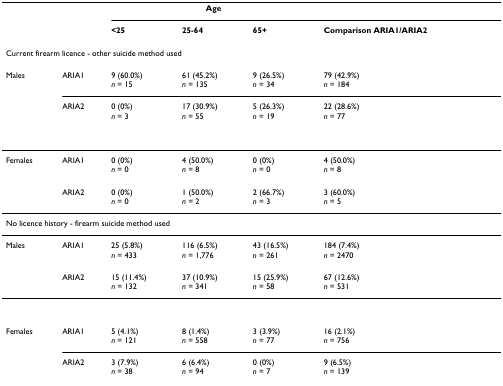
<table><thead><tr><td></td><td></td><td colspan="3"><b>Age</b></td><td></td></tr><tr><td></td><td></td><td><b>&lt;25</b></td><td><b>25-64</b></td><td><b>65+</b></td><td><b>Comparison ARIA1/ARIA2</b></td></tr></thead><tbody><tr><td colspan="6">Current firearm licence - other suicide method used</td></tr><tr><td>Males</td><td>ARIA1</td><td>9 (60.0%)<i>n </i>= 15</td><td>61 (45.2%)<i>n </i>= 135</td><td>9 (26.5%)<i>n </i>= 34</td><td>79 (42.9%)<i>n </i>= 184</td></tr><tr><td></td><td>ARIA2</td><td>0 (0%)<i>n </i>= 3</td><td>17 (30.9%)<i>n </i>= 55</td><td>5 (26.3%)<i>n </i>= 19</td><td>22 (28.6%)<i>n </i>= 77</td></tr><tr><td>Females</td><td>ARIA1</td><td>0 (0%)<i>n </i>= 0</td><td>4 (50.0%)<i>n </i>= 8</td><td>0 (0%)<i>n </i>= 0</td><td>4 (50.0%)<i>n </i>= 8</td></tr><tr><td></td><td>ARIA2</td><td>0 (0%)<i>n </i>= 0</td><td>1 (50.0%)<i>n </i>= 2</td><td>2 (66.7%)<i>n </i>= 3</td><td>3 (60.0%)<i>n </i>= 5</td></tr><tr><td colspan="6">No licence history - firearm suicide method used</td></tr><tr><td>Males</td><td>ARIA1</td><td>25 (5.8%)<i>n </i>= 433</td><td>116 (6.5%)<i>n </i>= 1,776</td><td>43 (16.5%)<i>n </i>= 261</td><td>184 (7.4%)<i>n </i>= 2470</td></tr><tr><td></td><td>ARIA2</td><td>15 (11.4%)<i>n </i>= 132</td><td>37 (10.9%)<i>n </i>= 341</td><td>15 (25.9%)<i>n </i>= 58</td><td>67 (12.6%)<i>n </i>= 531</td></tr><tr><td>Females</td><td>ARIA1</td><td>5 (4.1%)<i>n </i>= 121</td><td>8 (1.4%)<i>n </i>= 558</td><td>3 (3.9%)<i>n </i>= 77</td><td>16 (2.1%)<i>n </i>= 756</td></tr><tr><td></td><td>ARIA2</td><td>3 (7.9%)<i>n </i>= 38</td><td>6 (6.4%)<i>n </i>= 94</td><td>0 (0%)<i>n </i>= 7</td><td>9 (6.5%)<i>n </i>= 139</td></tr></tbody></table>